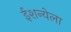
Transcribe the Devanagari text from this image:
ईशन्येला